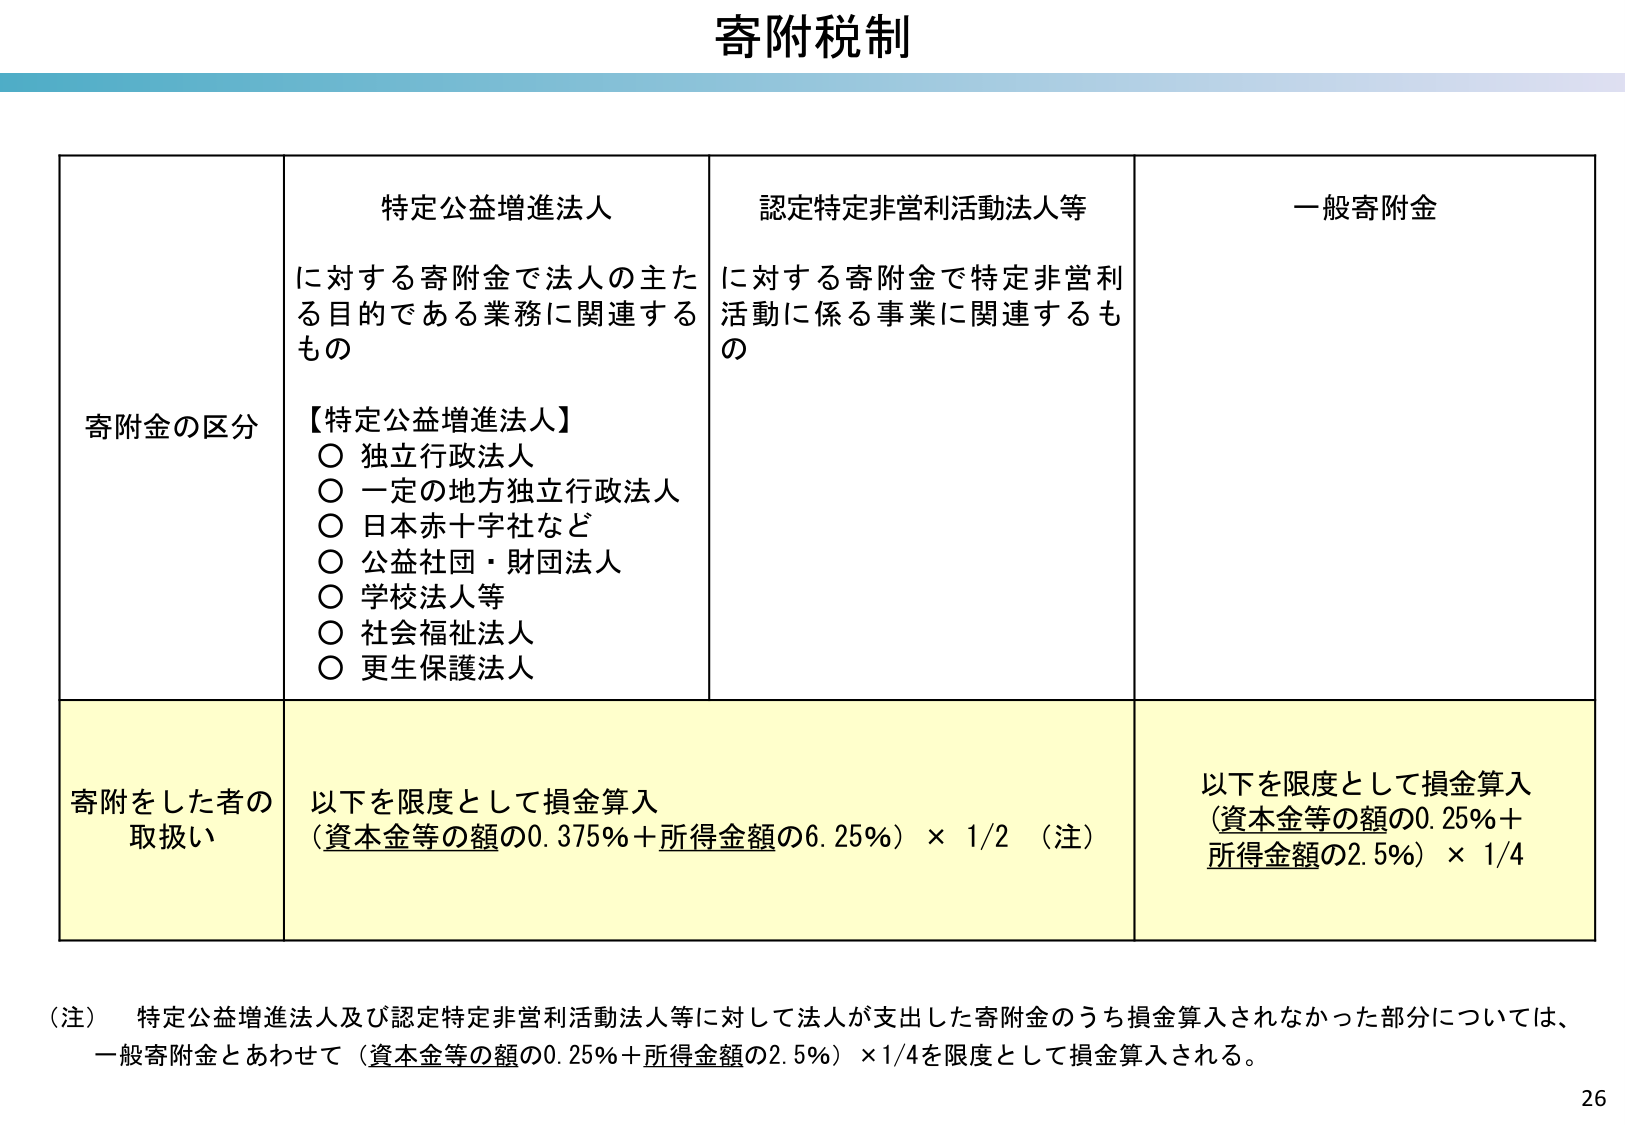
寄附税制

寄附金の区分
特定公益増進法人
に対する寄附金で法人の主たる目的である業務に関連するもの
【特定公益増進法人】
○ 独立行政法人
○ 一定の地方独立行政法人
○ 日本赤十字社など
○ 公益社団・財団法人
○ 学校法人等
○ 社会福祉法人
○ 更生保護法人

認定特定非営利活動法人等
に対する寄附金で特定非営利活動に係る事業に関連するもの

一般寄附金

寄附をした者の取扱い
以下を限度として損金算入
（資本金等の額の0.375%＋所得金額の6.25%）× 1/2 （注）

以下を限度として損金算入
（資本金等の額の0.25%＋所得金額の2.5%）× 1/4

（注） 特定公益増進法人及び認定特定非営利活動法人等に対して法人が支出した寄附金のうち損金算入されなかった部分については、
一般寄附金とあわせて（資本金等の額の0.25%＋所得金額の2.5%）×1/4を限度として損金算入される。

26